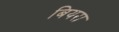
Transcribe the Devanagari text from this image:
बियरा